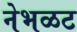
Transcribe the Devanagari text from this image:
नेभळट